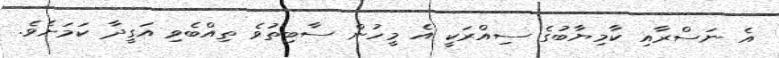
އެ ނަސްރާއި ކާމިޔާބުގެ ސިއްރަކީ އެ މީހުން ސާބިތުވެ ތިއްބެވި އަގީދާ ކަމަށެވެ.